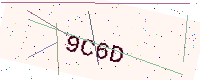
Text: 9C6D